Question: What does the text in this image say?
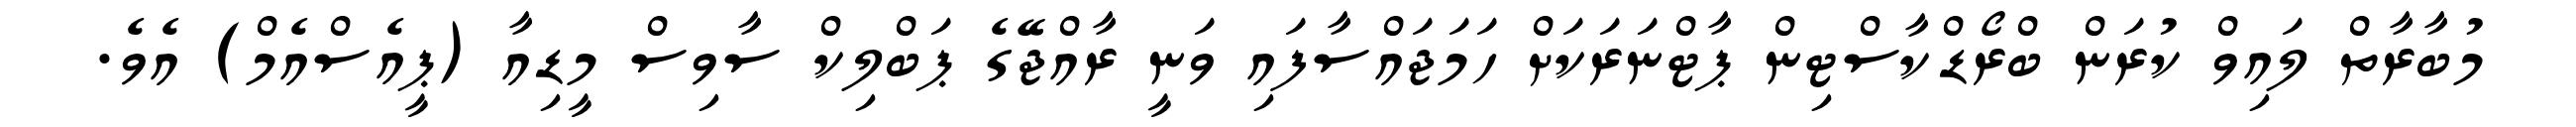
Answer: މުބާރާތް ލައިވް ކުރަން ބްރޯޑްކާސްޓިން ޕާޓްނަރަކަށް ހަމަޖައްސާފައި ވަނީ ރާއްޖޭގެ ޕަބްލިކް ސާވިސް މީޑިއާ (ޕީއެސްއެމް) އެވެ.